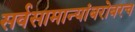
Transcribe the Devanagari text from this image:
सर्वसामान्यांबरोबरच